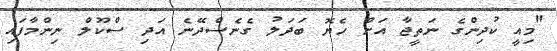
"މިއީ ކުދިންގެ ނަތީޖާ އަށް ހެޔޮ ބަދަލު ގެނެސްދޭނެ އަދި ސްކޫލް ނިންމާފައި